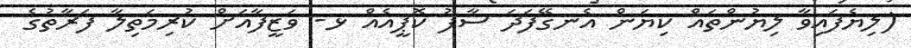
(ލިޔެފައިވާ ލިޔުންތައް ކިޔަން އެނގޭފަދަ ސާފު ކޮޕީއެއް ޅ- ވަޒީފާއަށް ކުރިމަތިލާ ފަރާތުގެ